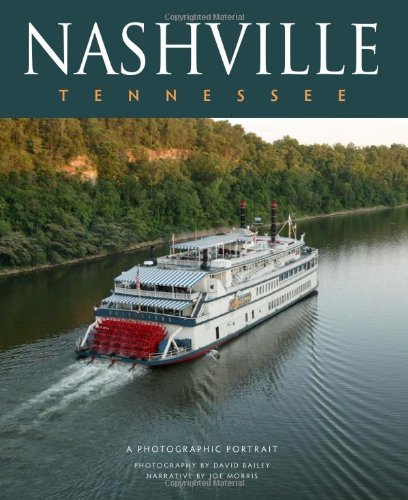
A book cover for Nashville, Tennessee: A Photographic Portrait; David Bailey; Travel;